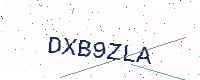
Text: DXB9ZLA